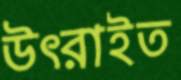
উৎরাইত